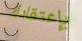
بإعتقادك